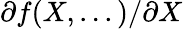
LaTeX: \partial f(X,...)/\partial X